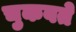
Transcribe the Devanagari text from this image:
चुकवते